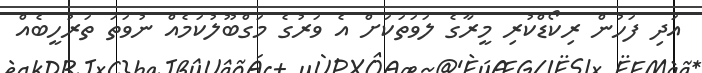
އަދި ފަހުން ރިކޯޑްކުރި މީރާގެ ލަވަތަކަށް އެ ވަރުގެ މަގްބޫލުކަމެއް ނުވަތަ ތަރުހީބެއް